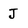
Character: J